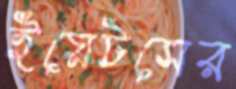
ইয়েটসের